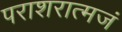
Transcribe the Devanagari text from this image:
पराशरात्मजं